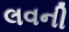
લવની